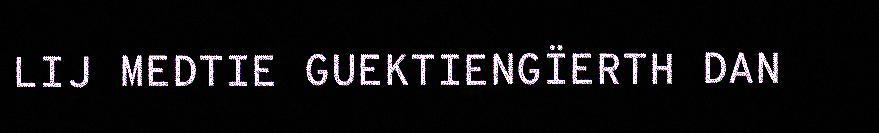
LIJ MEDTIE GUEKTIENGÏERTH DAN